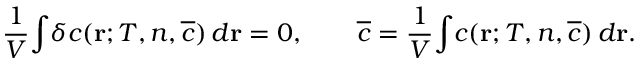
\begin{array} { l } { \displaystyle { \frac { 1 } { V } \! \int \! \delta c ( { \bf r } ; T , n , \overline { { c } } ) \, d { \bf r } = 0 , \qquad \overline { { c } } = \frac { 1 } { V } \! \int \! c ( { \bf r } ; T , n , \overline { { c } } ) \, d { \bf r } . } } \end{array}